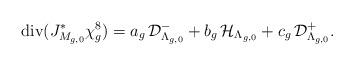
LaTeX: \begin{align*}{\rm div}(J_{M_{g,0}}^{*}\chi_{g}^{8})=a_{g}\,{\mathcal D}_{\Lambda_{g,0}}^{-}+b_{g}\,{\mathcal H}_{\Lambda_{g,0}}+c_{g}\,{\mathcal D}_{\Lambda_{g,0}}^{+}.\end{align*}